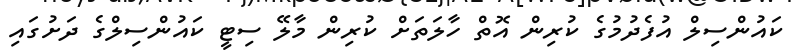
ކައުންސިލް އުފެދުމުގެ ކުރިން އޮތް ހާލަތަށް ކުރިން މާލޭ ސިޓީ ކައުންސިލްގެ ދަށުގައި